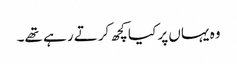
وہ یہاں پر کیا کچھ کرتے رہے تھے۔